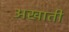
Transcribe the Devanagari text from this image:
अखाती